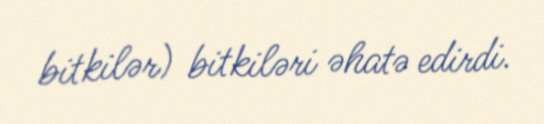
bitkilər) bitkiləri əhatə edirdi.